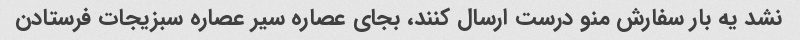
نشد یه بار سفارش منو درست ارسال کنند، بجای عصاره سیر عصاره سبزیجات فرستادن